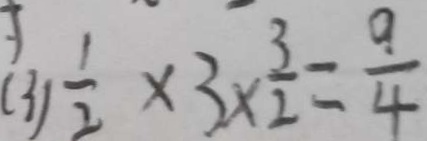
( 3 ) \frac { 1 } { 2 } \times 3 \times \frac { 3 } { 2 } = \frac { 9 } { 4 }